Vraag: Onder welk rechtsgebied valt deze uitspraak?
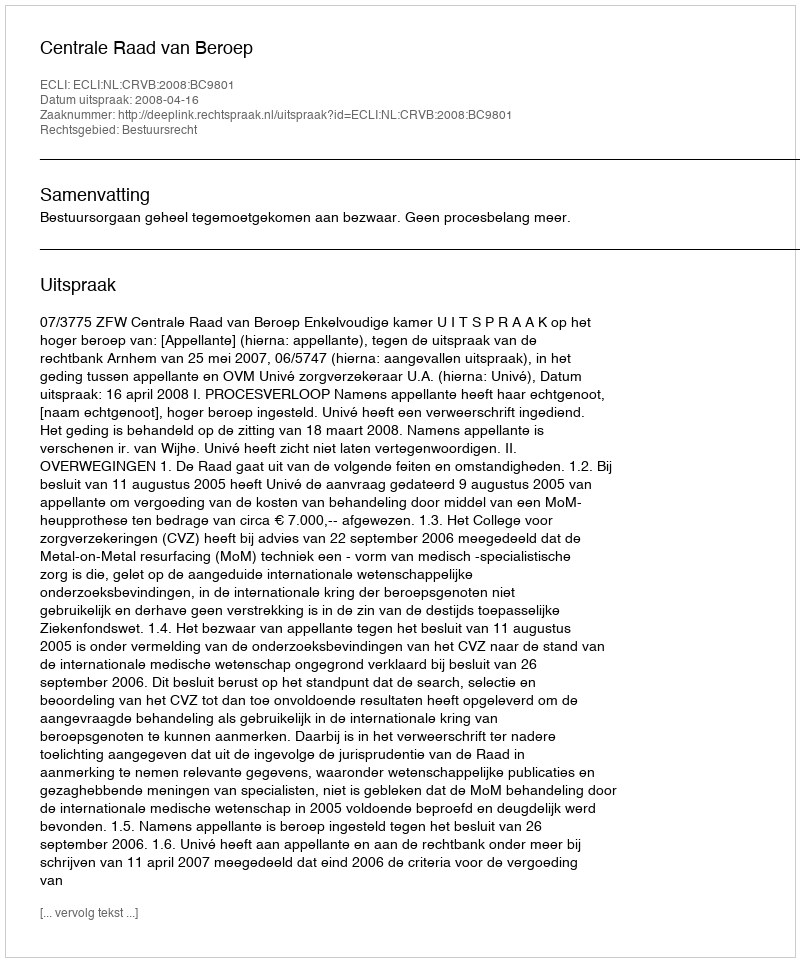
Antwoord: Bestuursrecht